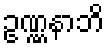
ဥဏ္ဏနာဘိ